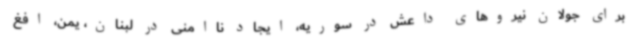
برای جولان نیروهای داعش در سوریه، ایجاد ناامنی در لبنان، یمن، افغ